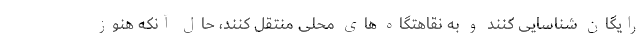
رایگان شناسایی کنند و به نقاهتگاه های محلی منتقل کنند، حال آنکه هنوز